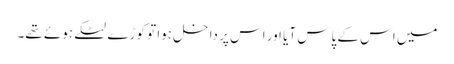
میں اس کے پاس آیا اور اس پر داخل ہوا تو کوڑے لٹکے ہوئے تھے۔